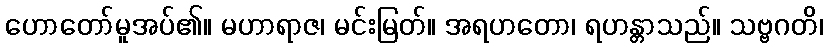
ဟောတော်မူအပ်၏။ မဟာရာဇ၊ မင်းမြတ်။ အရဟတော၊ ရဟန္တာသည်။ သဗ္ဗဂတိ၊